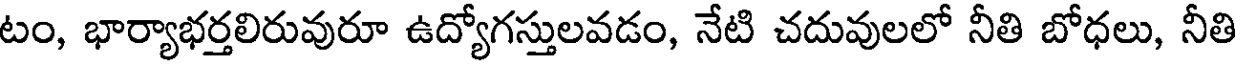
టం, భార్యాభర్తలిరువురూ ఉద్యోగస్తులవడం, నేటి చదువులలో నీతి బోధలు, నీతి